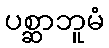
ပစ္ဆာဘူမံ